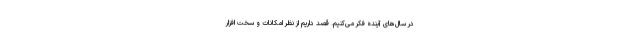
در سال‌های آینده فکر می‌کنیم. قصد داریم از نظر امکانات و سخت افزار